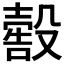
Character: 𣫀